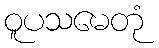
ဝူပသမေတုံ